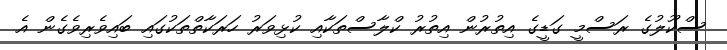
ސްކޫލުގެ ރަސްމީ ގަޑީގެ އިތުރުން އިތުރު ކްލާސްތަކާއި ކުޅިވަރު ހަރަކާތްތަކުގައި ބައިވެރިވެގެން އެ